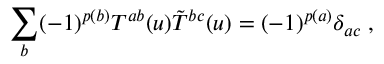
\sum _ { b } ( - 1 ) ^ { p ( b ) } T ^ { a b } ( u ) \tilde { T } ^ { b c } ( u ) = ( - 1 ) ^ { p ( a ) } \delta _ { a c } \; ,